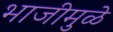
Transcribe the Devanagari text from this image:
भाजीमुळे